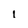
Character: i